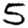
Digit: 5